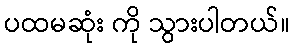
ပထမဆုံး ကို သွားပါတယ်။